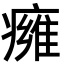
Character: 㿈